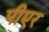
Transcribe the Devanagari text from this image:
पीएर